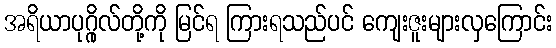
အရိယာပုဂ္ဂိုလ်တို့ကို မြင်ရ ကြားရသည်ပင် ကျေးဇူးများလှကြောင်း